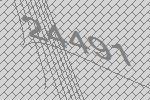
24491